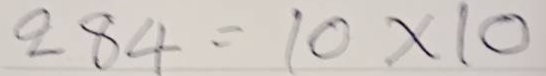
284 = 10x10